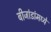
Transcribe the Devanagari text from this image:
बीजांडांमध्ये